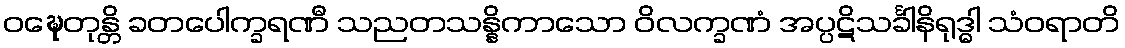
ဝဍ္ဎေတုန္တိ ခတပေါက္ခရဏီ သညတသန္နိကာသော ဝိလက္ခဏံ အပ္ပဋိသင်္ခါနိရုဒ္ဓါ သံဝရာတိ